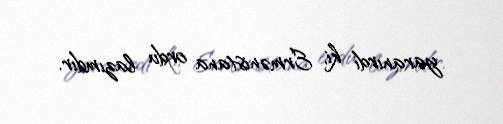
yaranırdı ki, Ermənistana ordu lazımdır.